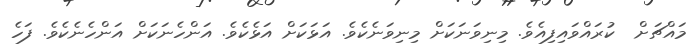
މައްޗަށް  ކުރައްވައިފިއެވެ. މިނިވަނަކަށް މިނިވަނެކެވެ. އަޅަކަށް އަޅެކެވެ. އަންހެނަކަށް އަންހެނެކެވެ. ފަހެ